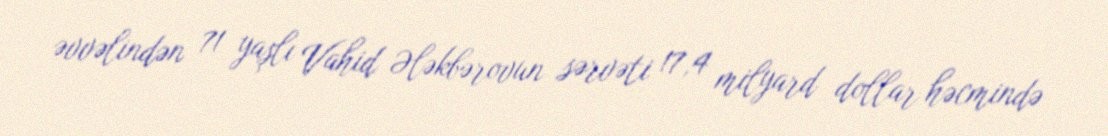
əvvəlindən 71 yaşlı Vahid Ələkbərovun sərvəti 17,4 milyard dollar həcmində